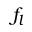
f _ { l }